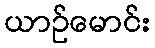
ယာဉ်မောင်း